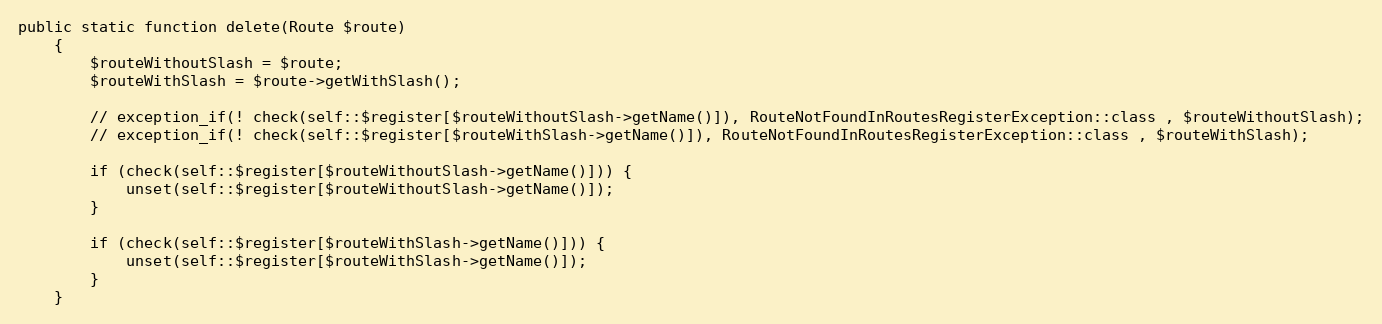
Language: PHP
public static function delete(Route $route)
    {
        $routeWithoutSlash = $route;
        $routeWithSlash = $route->getWithSlash();

        // exception_if(! check(self::$register[$routeWithoutSlash->getName()]), RouteNotFoundInRoutesRegisterException::class , $routeWithoutSlash);
        // exception_if(! check(self::$register[$routeWithSlash->getName()]), RouteNotFoundInRoutesRegisterException::class , $routeWithSlash);

        if (check(self::$register[$routeWithoutSlash->getName()])) {
            unset(self::$register[$routeWithoutSlash->getName()]);
        }

        if (check(self::$register[$routeWithSlash->getName()])) {
            unset(self::$register[$routeWithSlash->getName()]);
        }
    }